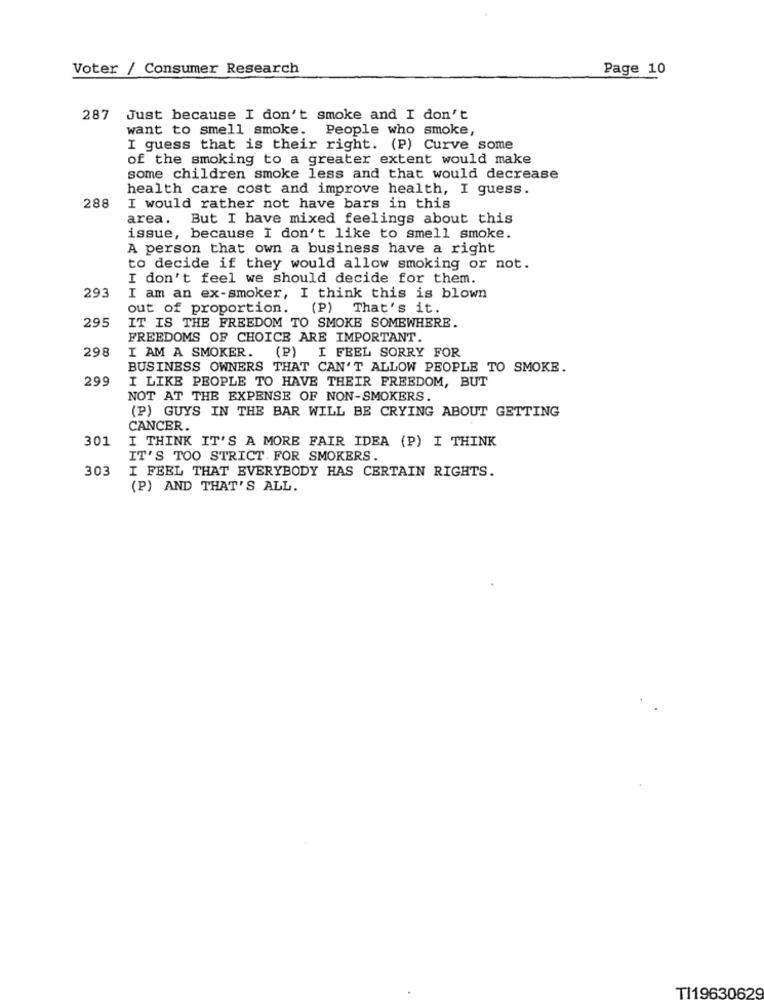
Voter / Consumer Research
Page 10
287
Just because I don't smoke and I don't
want to smell smoke. People who smoke,
I guess that is their right. (P) Curve some
of the smoking to a greater extent would make
some children smoke less and that would decrease
health care cost and improve health, I guess.
288
I would rather not have bars in this
area. But I have mixed feelings about this
issue, because I don't like to smell smoke.
A person that own a business have a right
to decide if they would allow smoking or not.
I don't feel we should decide for them.
293
I am an ex-smoker, I think this is blown
out of proportion.
(P) That's it.
295
IT IS THE FREEDOM TO SMOKE SOMEWHERE.
FREEDOMS OF CHOICE ARE IMPORTANT.
298
I AM A SMOKER. (P) I FEEL SORRY FOR
BUSINESS OWNERS THAT CAN'T ALLOW PEOPLE TO SMOKE.
299
I LIKE PEOPLE TO HAVE THEIR FREEDOM, BUT
NOT AT THE EXPENSE OF NON-SMOKERS
(P) GUYS IN THE BAR WILL BE CRYING ABOUT GETTING
CANCER.
301
I THINK IT'S A MORE FAIR IDEA (P) I THINK
IT'S TOO STRICT. FOR SMOKERS.
303
I FEEL THAT EVERYBODY HAS CERTAIN RIGHTS.
(P) AND THAT'S ALL.
TI19630629